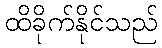
ထိခိုက်နိုင်သည်